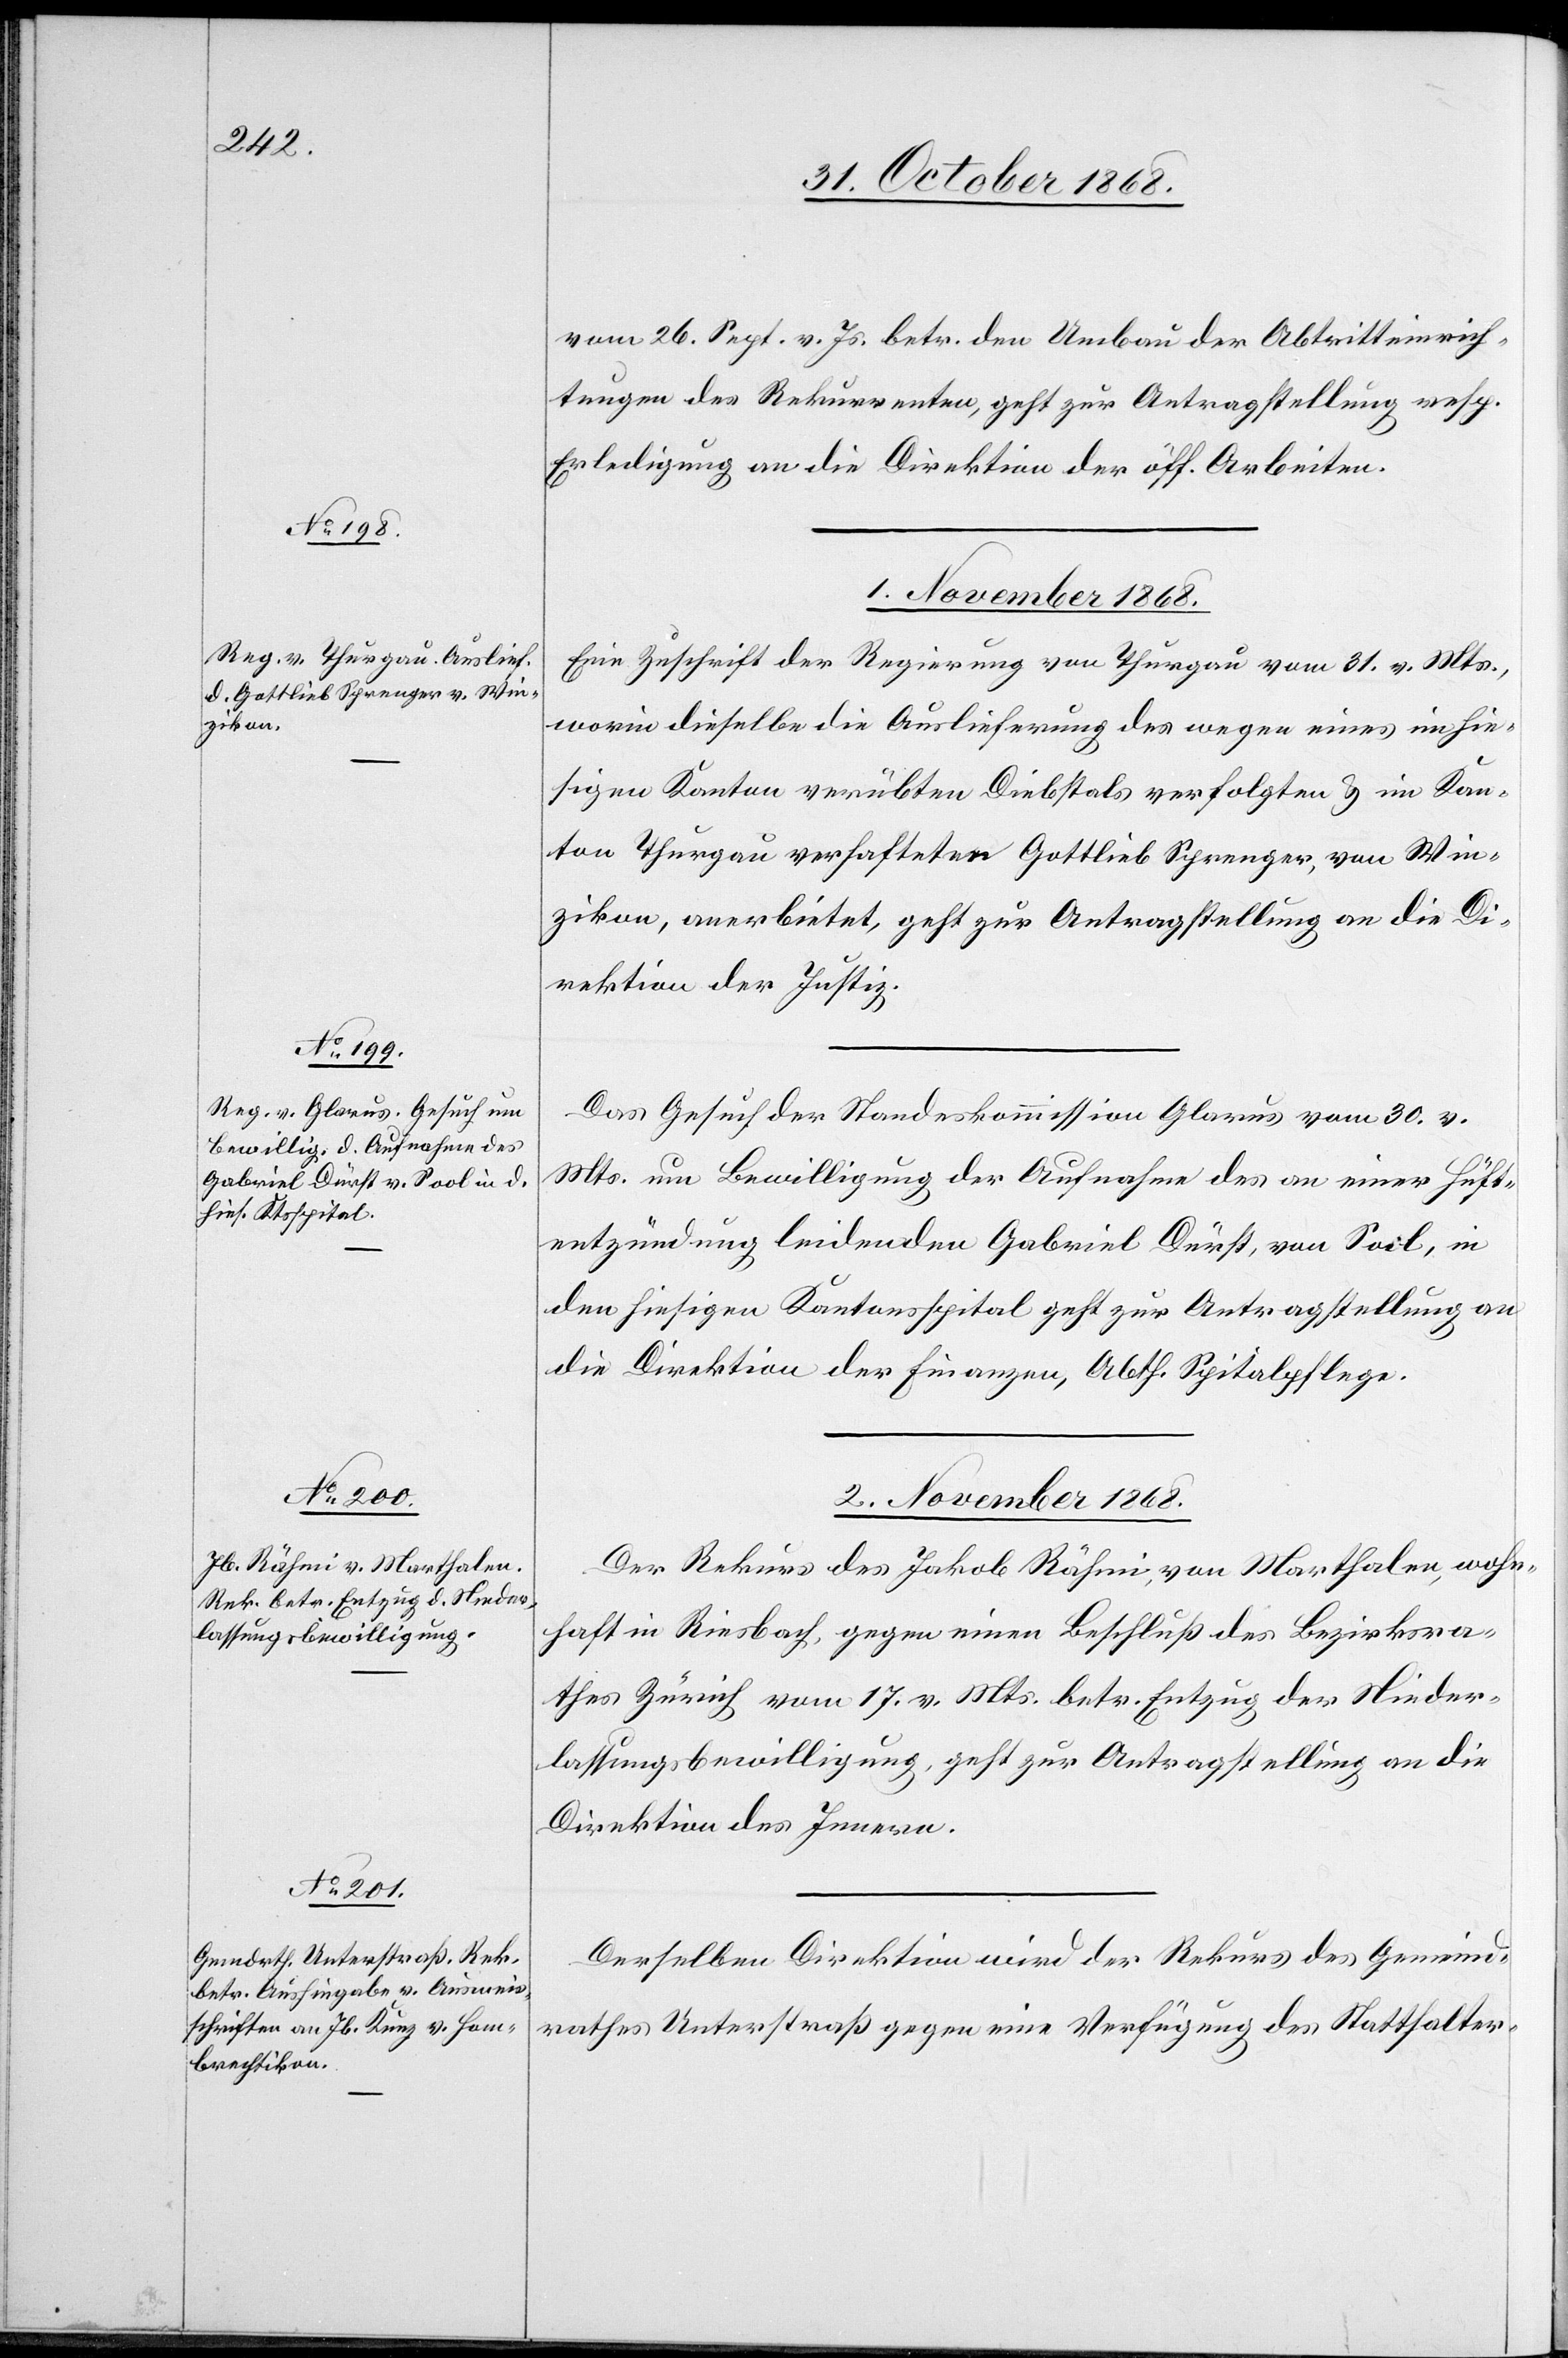
vom 26. Sept. v. Js. betr. den Umbau der Abtritteinrich¬
tungen des Rekurrenten, geht zur Antragstellung resp.
Erledigung an die Direktion der öff. Arbeiten.
1. November 1868.
Eine Zuschrift der Regierung von Thurgau vom 31. v. Mts.,
worin dieselbe die Auslieferung des wegen eines im hie¬
sigen Kanton verübten Diebstals verfolgten & im Kan¬
ton Thurgau verhafteten Gottlieb Sprenger, von Win¬
zikon, anerbietet, geht zur Antragstellung an die Di¬
rektion der Justiz.
Das Gesuch der Standeskommission Glarus vom 30. v.
Mts. um Bewilligung der Aufnahme des an einer Hüft¬
entzündung leidenden Gabriel Dürst, von Sool, in
den hiesigen Kantonsspital geht zur Antragstellung an
die Direktion der Finanzen, Abth. Spitalpflege.
2. November 1868.]
Der Rekurs des Jakob Rähmi, von Marthalen, wohn¬
haft in Riesbach, gegen einen Beschluß des Bezirksra¬
thes Zürich vom 17. v. Mts. betr. Entzug der Nieder¬
lassungsbewilligung, geht zur Antragstellung an die
Direktion des Innern.
Derselben Direktion wird der Rekurs des Gemeind¬
rathes Unterstraß gegen eine Verfügung des Statthalter-